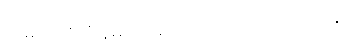
အမည်ကို မီးန်မာဟု စကားလုံး ပေါင်းထားသည်။